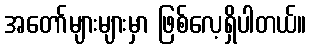
အတော်များများမှာ ဖြစ်လေ့ရှိပါတယ်။